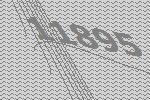
11895